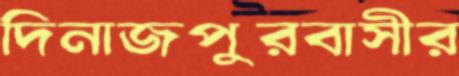
দিনাজপুরবাসীর